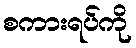
စကားရပ်ကို